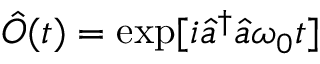
\hat { O } ( t ) = \exp [ i \hat { a } ^ { \dagger } \hat { a } \omega _ { 0 } t ]